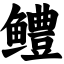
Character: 鳢